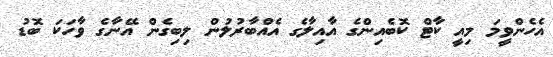
އެހެންވީމަ މިއީ ކާޓް ކޮބެއިންގެ އާއިލާގެ އެއްބާރުލުން ލިބިގެން އޭނާގެ ވާހަކަ ބޮޑު